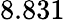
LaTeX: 8.831